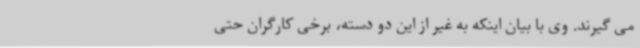
می گیرند. وی با بیان اینکه به غیر از این دو دسته، برخی کارگران حتی